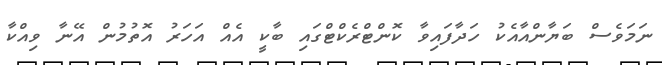
ނަމަވެސް ބަޔާންއާއެކު ހަދާފައިވާ ކޮންޓްރެކްޓްގައި ބާކީ އެއް އަހަރު އޮތުމުން އޭނާ ވިއްކާ